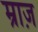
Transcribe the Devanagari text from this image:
म्राज़